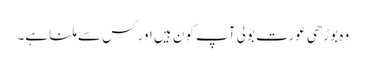
وہ بوڑھی عورت بولی آپ کون ہیں اور کس سے ملنا ہے۔